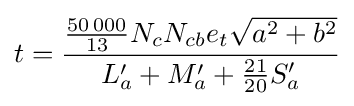
t={\frac {\textstyle {\frac {50\,000}{13}}N_{c}N_{cb}e_{t}{\sqrt {a^{2}+b^{2}}}}{L_{a}^{\prime }+M_{a}^{\prime }+\textstyle {\frac {21}{20}}S_{a}^{\prime }}}